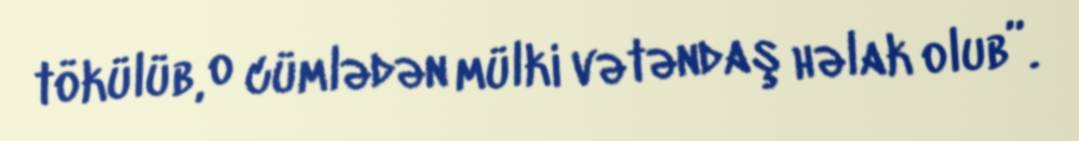
tökülüb, o cümlədən mülki vətəndaş həlak olub”.